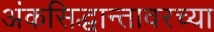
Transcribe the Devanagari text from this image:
अंकसिद्धान्तावरच्या